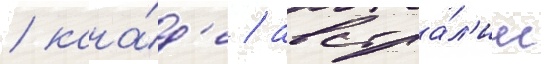
/ кана́д'е / австра́л'ии